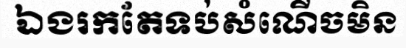
ឯងរកតែទប់សំណើចមិន